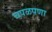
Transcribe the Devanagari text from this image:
चपळपणा